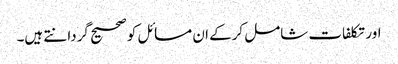
اور تکلفات شامل کرکے ان مسائل کو صحیح گردانتے ہیں۔